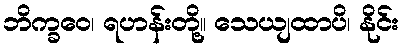
ဘိက္ခဝေ၊ ရဟန်းတို့။ သေယျထာပိ၊ နိုင်း